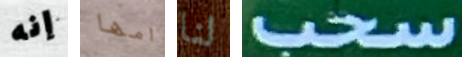
إنه امها لنا سحب